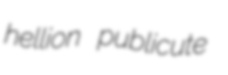
hellion publicute